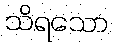
သိရသော